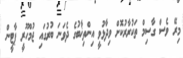
މިރޭ ވެސް ގާސިމް ތަކުރާރުކޮށް ވިދާޅުވީ އިންތިޚާބުގެ ދެވަނަ ބުރުގައި ޖުމްހޫރީ ޕާޓީން